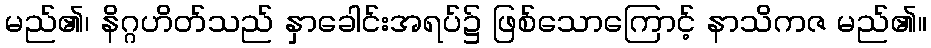
မည်၏၊ နိဂ္ဂဟိတ်သည် နှာခေါင်းအရပ်၌ ဖြစ်သောကြောင့် နာသိကဇ မည်၏။